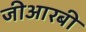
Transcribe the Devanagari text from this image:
जीआरबी